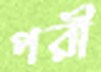
পরী